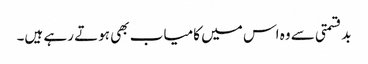
بدقسمتی سے وہ اس میں کامیاب بھی ہوتے رہے ہیں۔